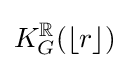
K_{G}^{\mathbb {R} }(\lfloor r\rfloor )